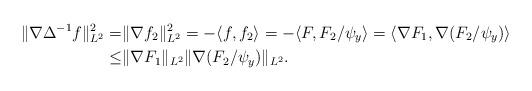
LaTeX: \begin{align*}\|\nabla\Delta^{-1} f\|_{L^2}^2=&\|\nabla f_2\|_{L^2}^2=-\langle f,f_2\rangle=-\langle F,F_2/\psi_y\rangle=\langle \nabla F_1,\nabla(F_2/\psi_y)\rangle\\\leq&\|\nabla F_1\|_{L^2}\|\nabla (F_2/\psi_y)\|_{L^2}.\end{align*}